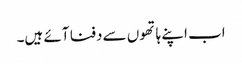
اب اپنے ہاتھوں سے دفنا آئے ہیں۔